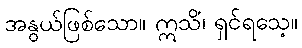
အနွယ်ဖြစ်သော။ ဣသိံ၊ ရှင်ရသေ့။